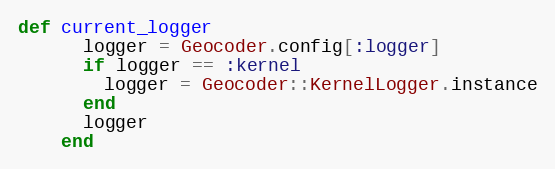
Language: Ruby
def current_logger
      logger = Geocoder.config[:logger]
      if logger == :kernel
        logger = Geocoder::KernelLogger.instance
      end
      logger
    end